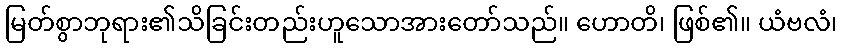
မြတ်စွာဘုရား၏သိခြင်းတည်းဟူသောအားတော်သည်။ ဟောတိ၊ ဖြစ်၏။ ယံဗလံ၊